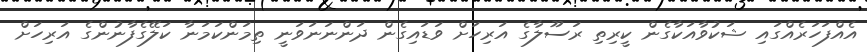
އެއްފަހަރެއްގައި ޝަކުވާއަކާގެން ކީރިތި ރަސޫލާގެ އަރިހަށް ވަޑައިގެން ދަންނަނަވަނީ ތިމަންކަމަނާ ކަލޭގެފާނުންގެ އަރިހަށް